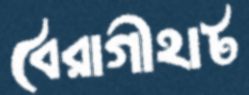
বৈরাগীহাট